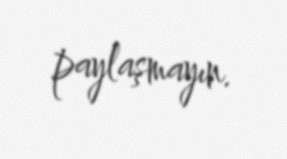
paylaşmayın.